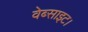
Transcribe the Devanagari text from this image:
वेब्साइट।